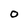
Character: O